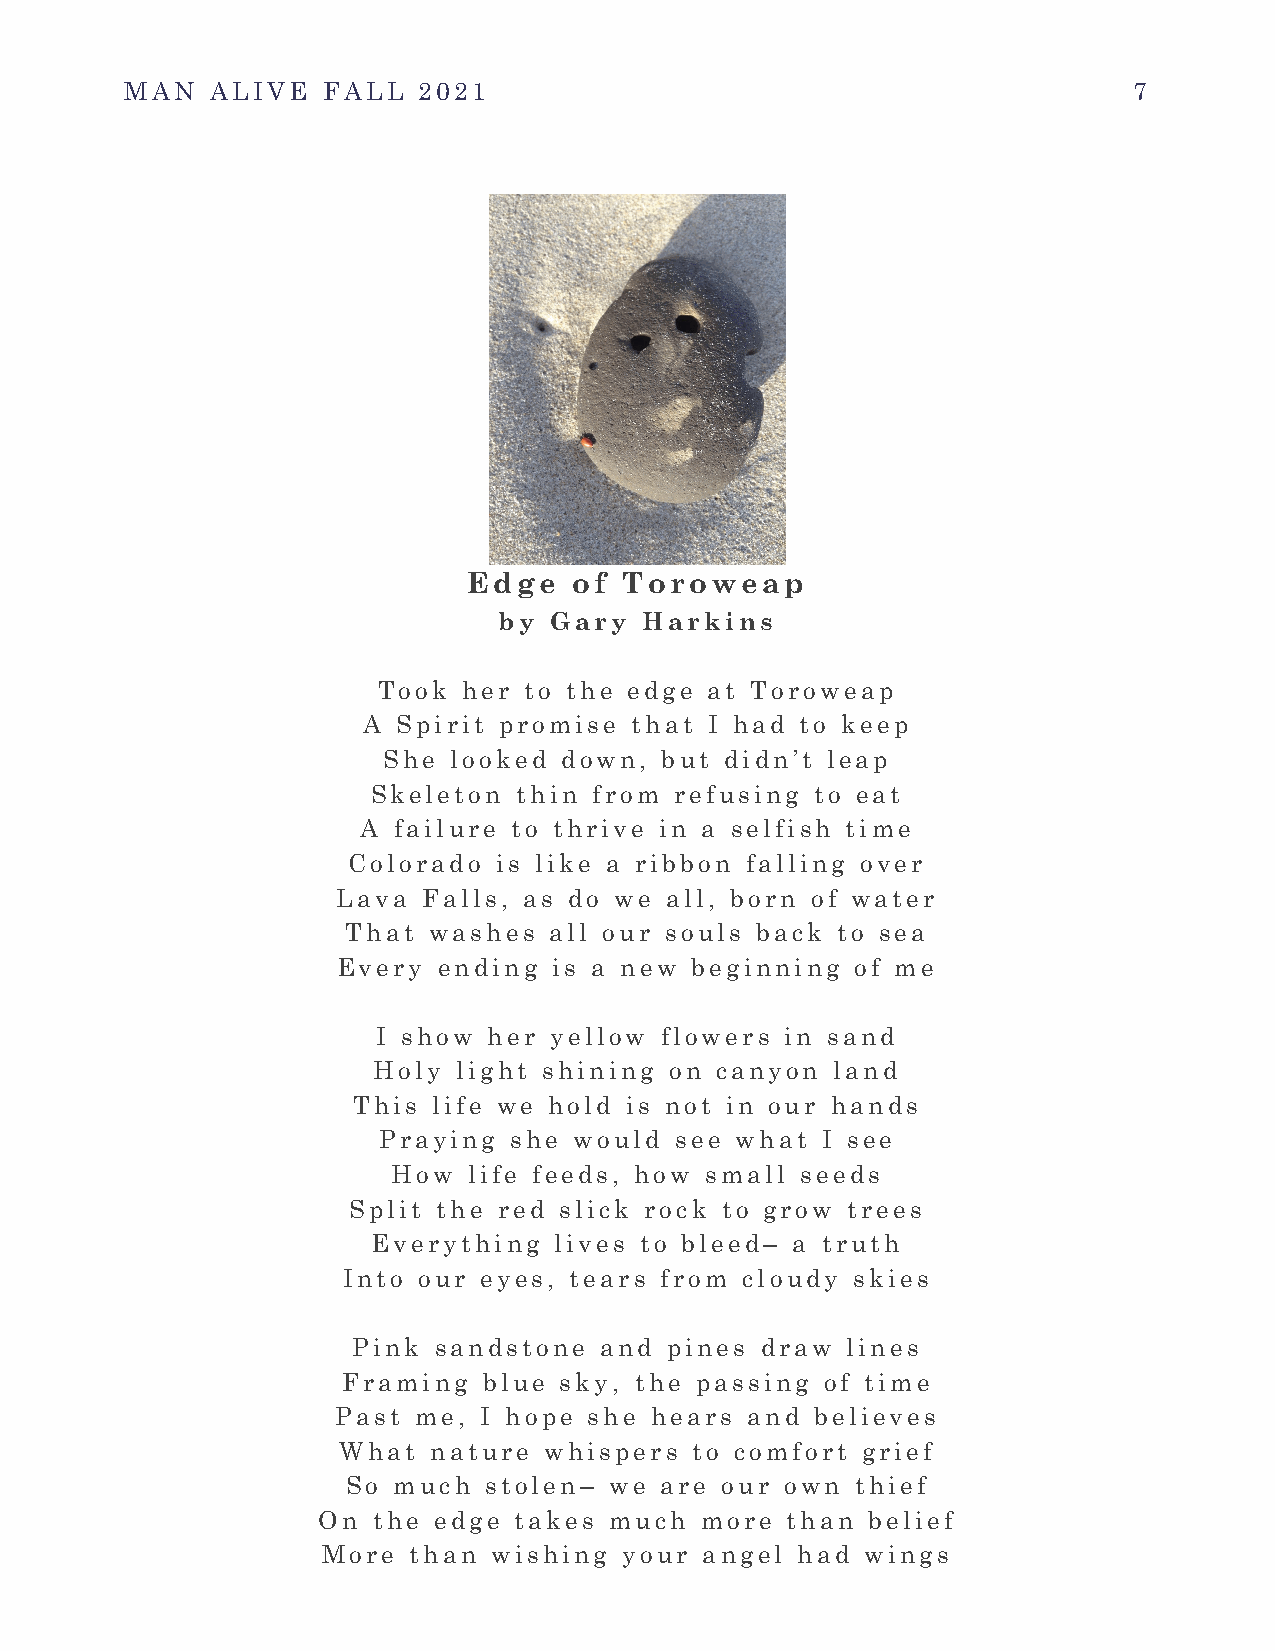
MAN   ALIVE  FALL   2021                                           7
 Edge   of Toroweap
 by Gary   Harkins
 Took  her to the edge at Toroweap
 A Spirit promise  that I had to keep
 She  looked down,  but didn’t leap
 Skeleton thin from  refusing to eat
 A failure to thrive in a selfish time
 Colorado  is like a ribbon falling over
 Lava  Falls, as do we all, born of water
 That washes  all our souls back to sea
 Every  ending  is a new beginning  of me
 I show her yellow  flowers in sand
 Holy light shining on canyon  land
 This  life we hold is not in our hands
 Praying  she would  see what I see
 How  life feeds, how small seeds
 Split the red slick rock to grow trees
 Everything  lives to bleed– a truth
 Into our eyes, tears from cloudy skies
 Pink  sandstone  and pines draw  lines
 Framing  blue sky, the passing  of time
 Past me,  I hope she hears and  believes
 What   nature whispers  to comfort grief
 So much  stolen– we  are our own  thief
 On  the edge takes much  more  than  belief
 More  than  wishing your  angel had wings